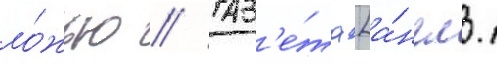
ло́жью // Газ'е́та [а́нгл.